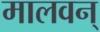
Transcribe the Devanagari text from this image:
मालवन्